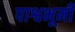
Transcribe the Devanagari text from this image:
पाश्वभूमी